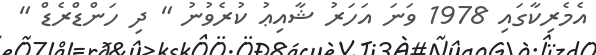
އެމެރިކާގައި 1978 ވަނަ އަހަރު ޝާއިޢު ކުރެވުނު " ދި ހަންޑްރެޑް "